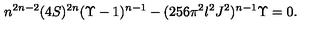
n ^ { 2 n - 2 } ( 4 S ) ^ { 2 n } ( \Upsilon - 1 ) ^ { n - 1 } - ( 2 5 6 \pi ^ { 2 } l ^ { 2 } J ^ { 2 } ) ^ { n - 1 } \Upsilon = 0 .